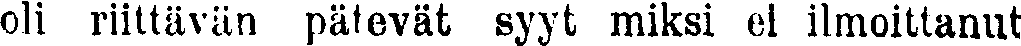
oli riittävän pätevät syyt miksi el ilmoittanut